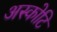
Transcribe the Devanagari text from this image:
अस्कोटि